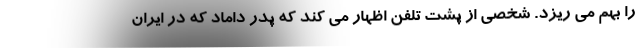
را بهم می ریزد. شخصی از پشت تلفن اظهار می کند که پدر داماد که در ایران